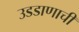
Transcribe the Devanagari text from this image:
उडडाणाची